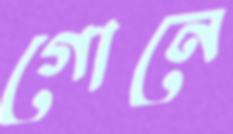
গোনে